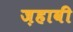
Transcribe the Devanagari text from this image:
ज़हावी